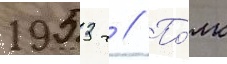
1953 г // По́лк